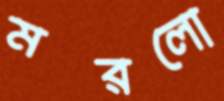
মরলো